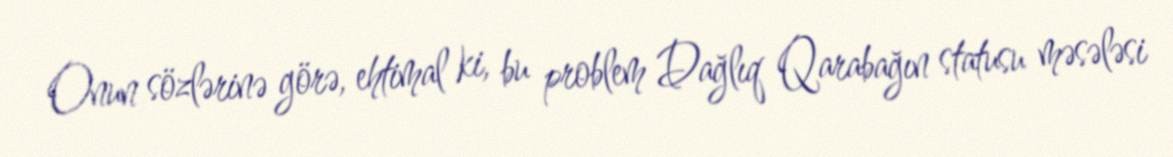
Onun sözlərinə görə, ehtimal ki, bu problem Dağlıq Qarabağın statusu məsələsi